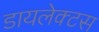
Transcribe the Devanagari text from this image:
डायलेक्टस